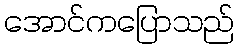
အောင်ကပြောသည်